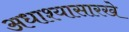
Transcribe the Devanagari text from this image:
अधाश्यासारखे